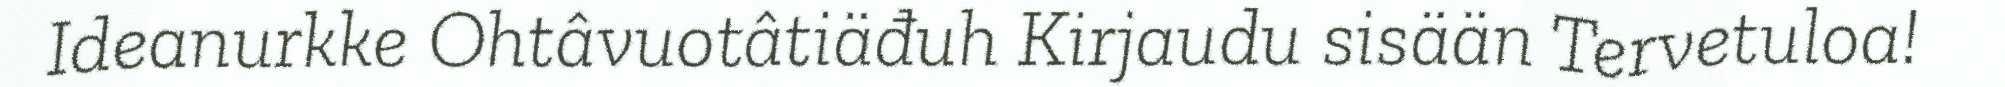
Ideanurkke Ohtâvuotâtiäđuh Kirjaudu sisään Tervetuloa!